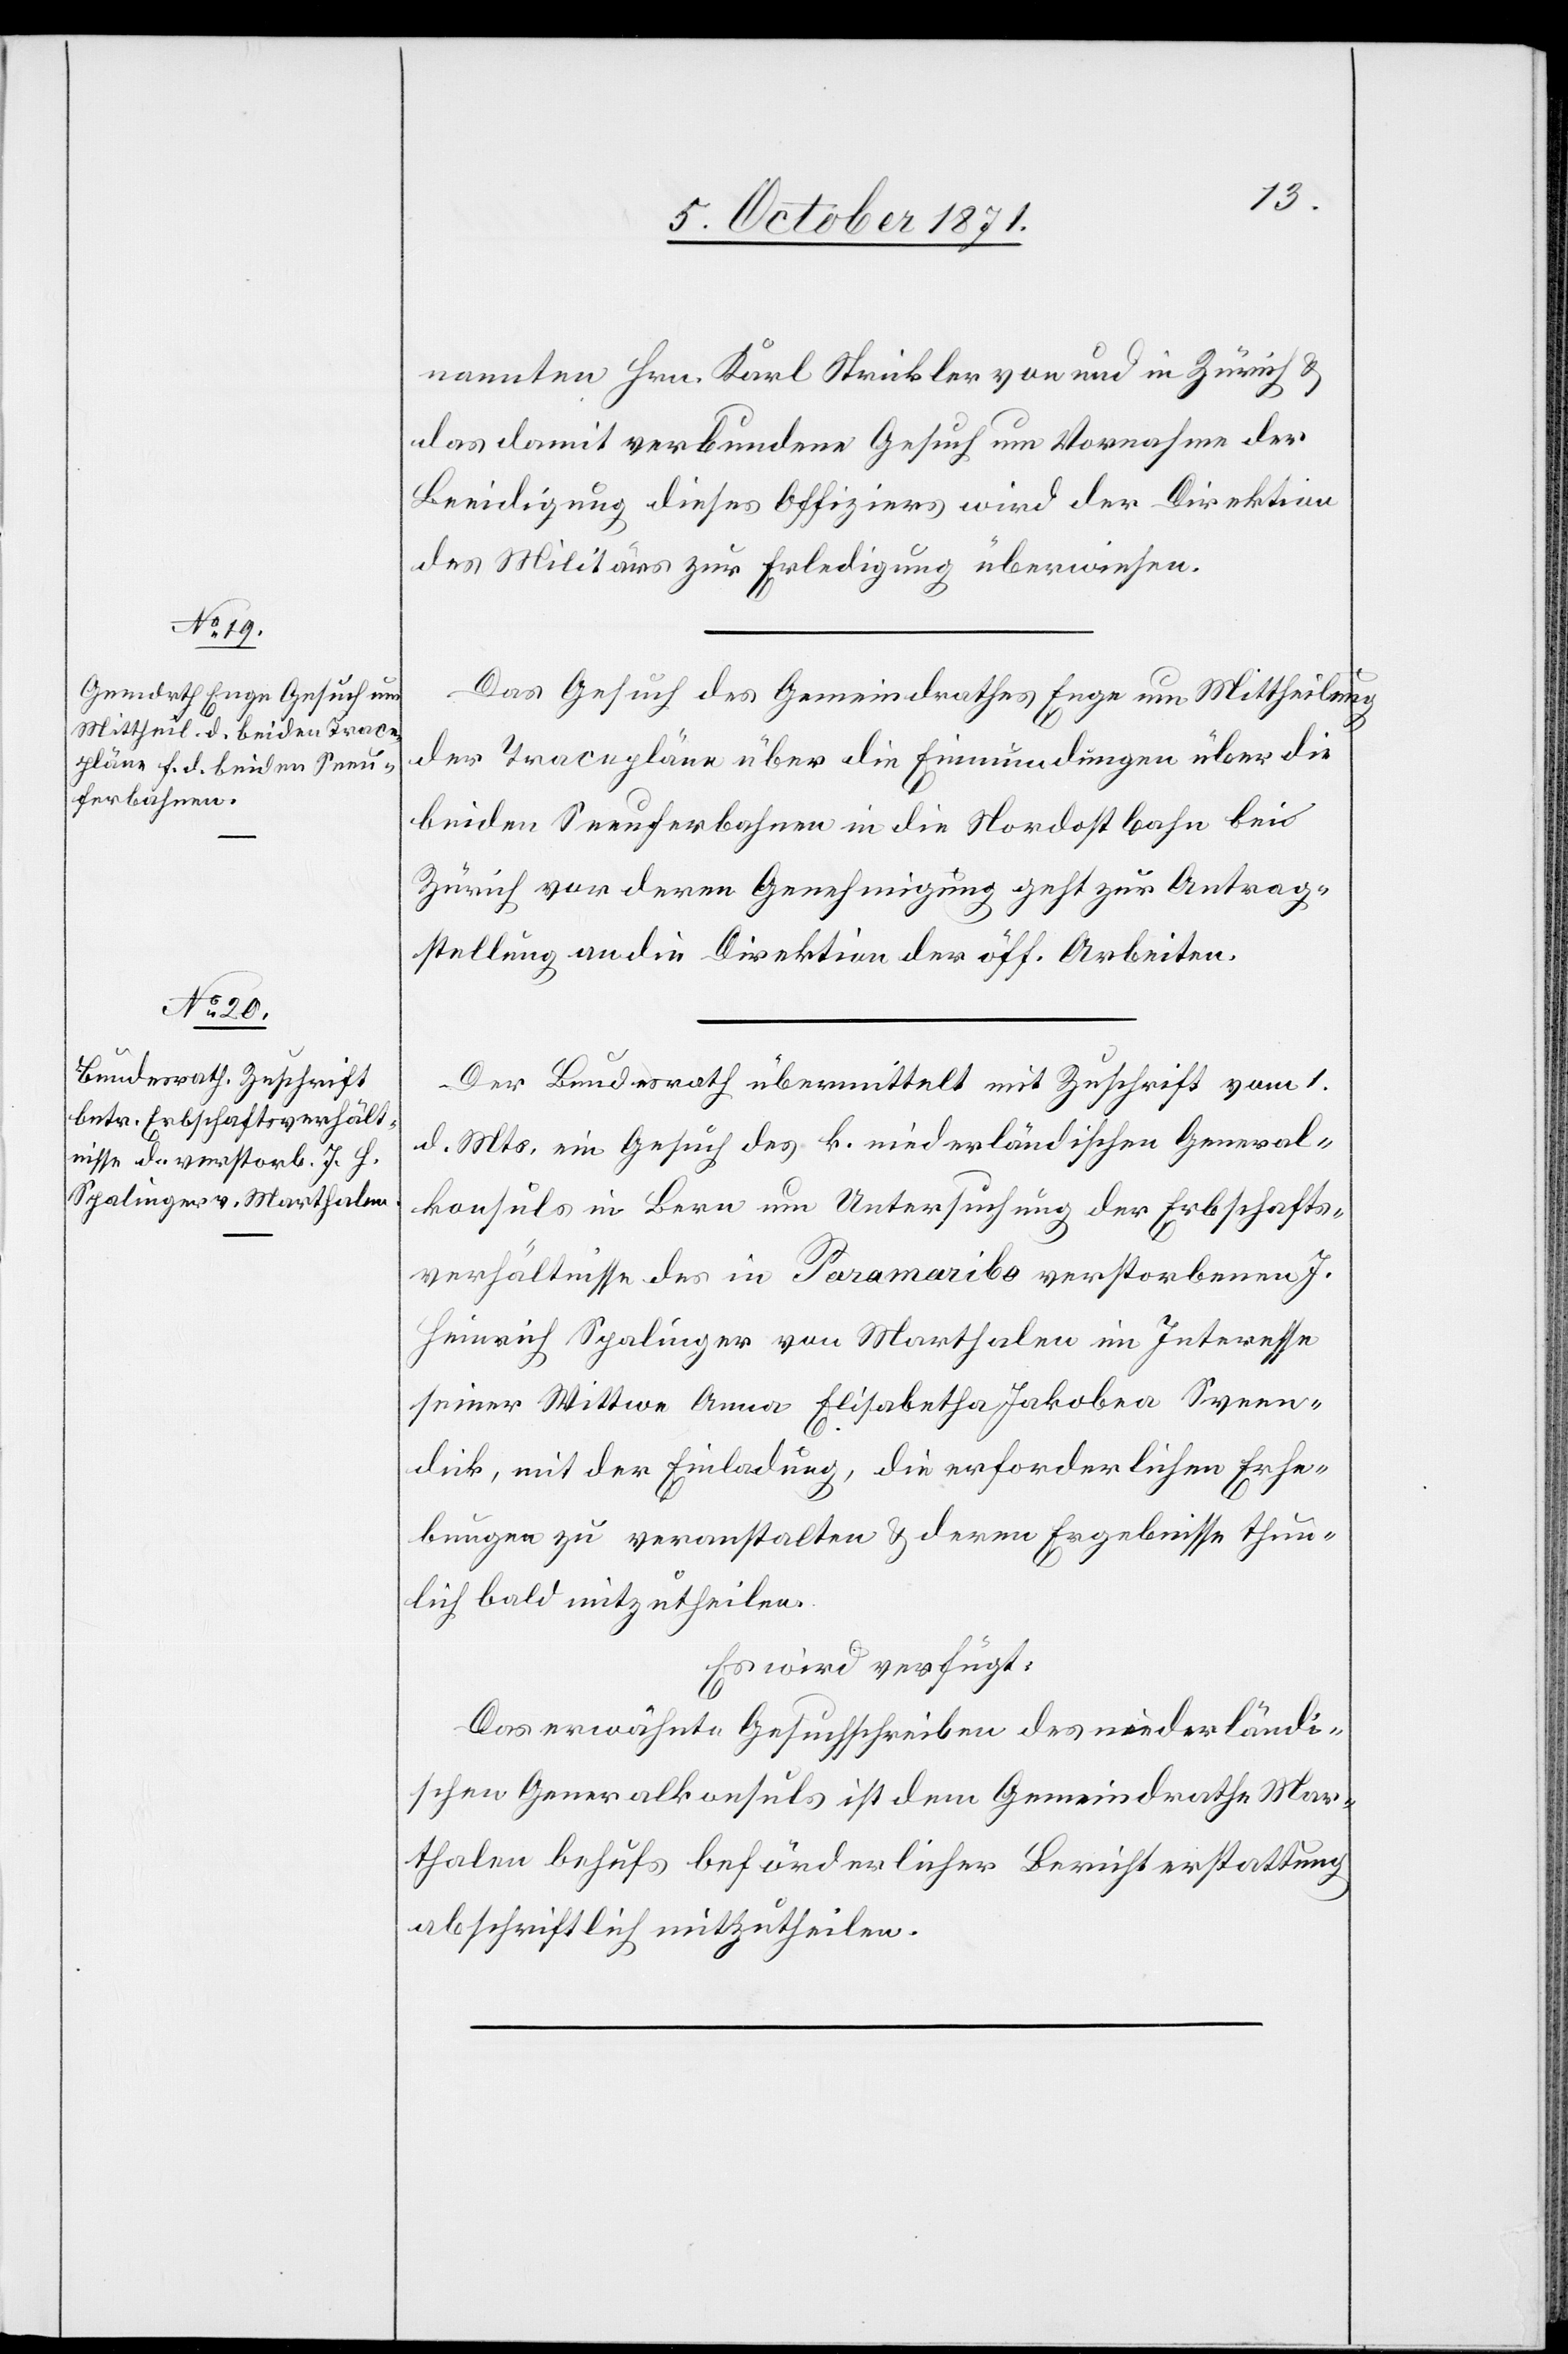
5. October 1871.]
nannten Hrn. Karl Strickler von und in Zürich &
das damit verbundene Gesuch um Vornahme der
Beeidigung dieses Offiziers wird der Direktion
des Militärs zur Erledigung überwiesen.
Das Gesuch des Gemeindrathes Enge um Mittheilung
der Tracepläne über die Einmundungen über die
beiden Seeuferbahnen in die Nordostbahn bei
Zürich vor deren Genehmigung geht zur Antrag¬
stellung an die Direktion der öff. Arbeiten.
Der Bundesrath übermittelt mit Zuschrift vom 1.
d. Mts. ein Gesuch des k. niederländischen General¬
konsuls in Bern um Untersuchung der Erbschafts¬
verhältnisse des in Paramaribo verstorbenen J.
Heinrich Spalinger von Marthalen im Interesse
seiner Wittwe Anna Elisabetha Jakobea Sveen¬
dick, mit der Einladung, die erforderlichen Erhe¬
bungen zu veranstalten & deren Ergebnisse thun¬
lich bald mitzutheilen.
Es wird verfügt:
Das erwähnte Gesuchschreiben des niederländi¬
schen Generalkonsuls ist dem Gemeindrath Mar¬
thalen behufs beförderlicher Berichterstattung
abschriftlich mitzutheilen.